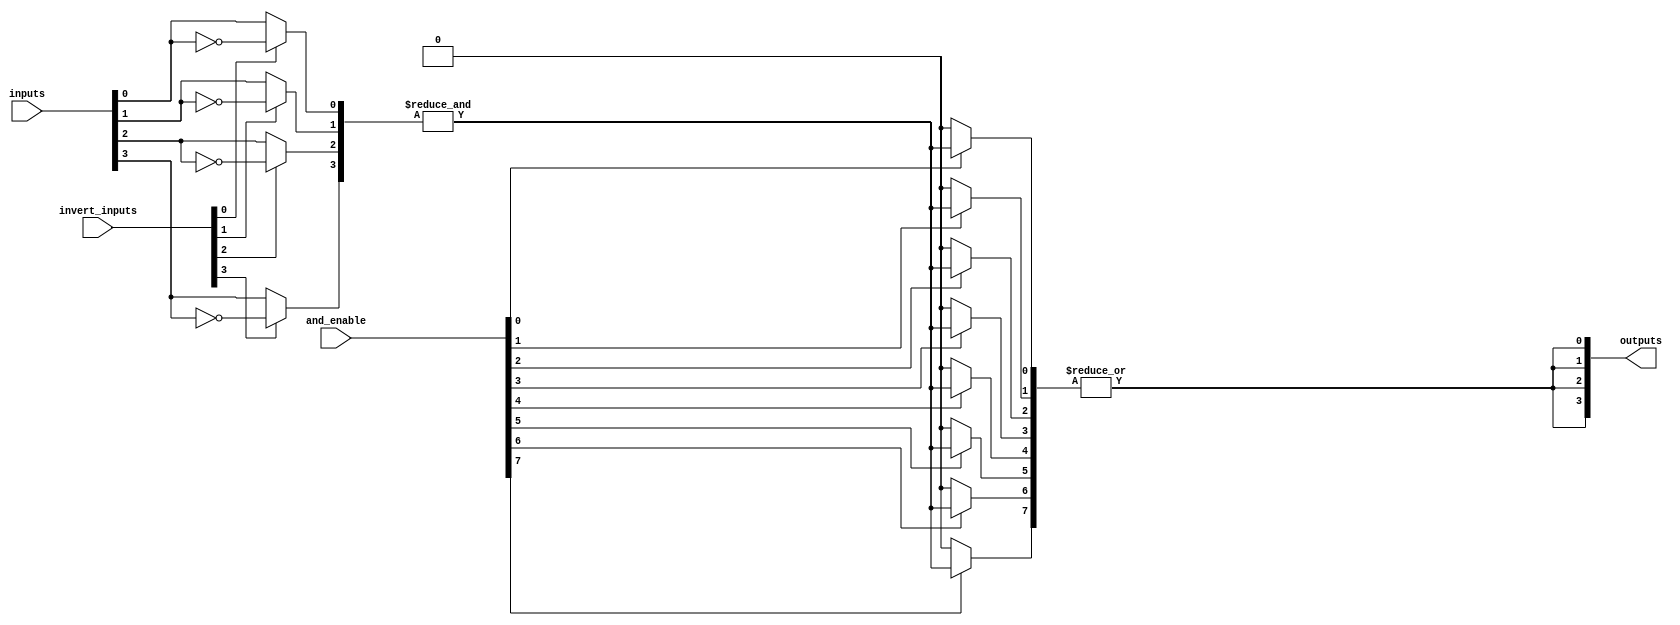
module SPAL #(
    parameter NUM_INPUTS = 4,  // Number of inputs (A, B, C, D, etc.)
    parameter NUM_AND_GATES = 8, // Number of programmable AND gates
    parameter NUM_OUTPUTS = 4   // Number of outputs
)(
    input wire [NUM_INPUTS-1:0] inputs, // Input signals
    input wire [NUM_AND_GATES-1:0] and_enable, // Enable signals for AND gates
    input wire [NUM_INPUTS-1:0] invert_inputs, // Inversion control for inputs
    output wire [NUM_OUTPUTS-1:0] outputs // Output signals
);

// Internal wires for AND gate outputs
wire [NUM_AND_GATES-1:0] and_outputs;

// Generate programmable AND gates
genvar i, j;
generate
    for (i = 0; i < NUM_AND_GATES; i = i + 1) begin : and_gate
        wire [NUM_INPUTS-1:0] and_inputs;
        // Connect inputs to AND gate, considering inversion
        for (j = 0; j < NUM_INPUTS; j = j + 1) begin : input_mux
            assign and_inputs[j] = (invert_inputs[j]) ? ~inputs[j] : inputs[j];
        end
        
        // AND gate implementation
        assign and_outputs[i] = and_enable[i] ? &and_inputs : 1'b0; // AND gate output
    end
endgenerate

// Fixed OR array
generate
    for (i = 0; i < NUM_OUTPUTS; i = i + 1) begin : or_gate
        // Connect multiple AND gate outputs to each OR gate
        assign outputs[i] = |and_outputs; // ORing all AND gate outputs for simplicity
    end
endgenerate

endmodule